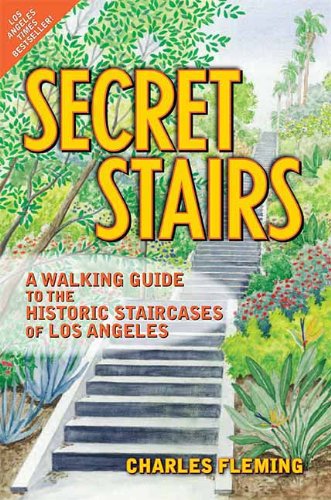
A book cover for Secret Stairs: A Walking Guide to the Historic Staircases of Los Angeles; Charles Fleming; Health, Fitness & Dieting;